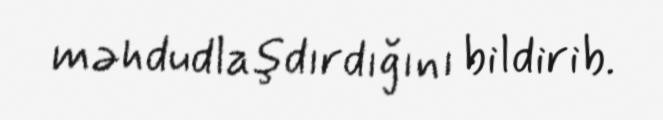
məhdudlaşdırdığını bildirib.